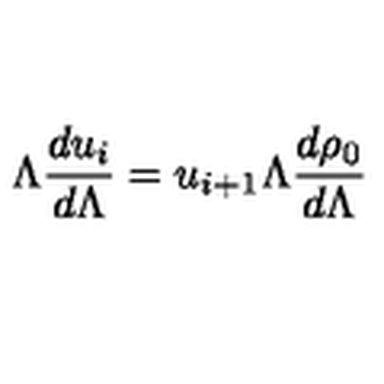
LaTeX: \Lambda \frac { d u _ { i } } { d \Lambda } = u _ { i + 1 } \Lambda \frac { d \rho _ { 0 } } { d \Lambda }